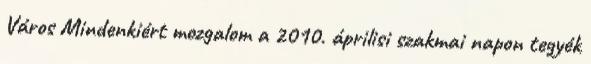
Város Mindenkiért mozgalom a 2010. áprilisi szakmai napon tegyék